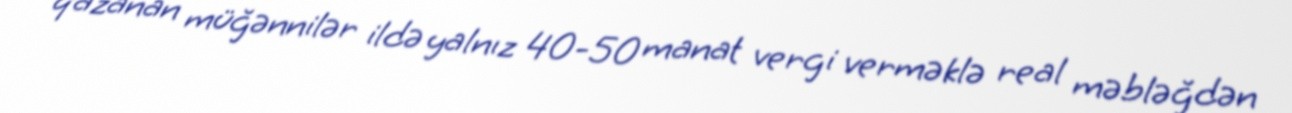
qazanan müğənnilər ildə yalnız 40-50 manat vergi verməklə real məbləğdən